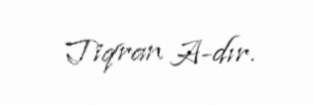
Tiqran A-dır.